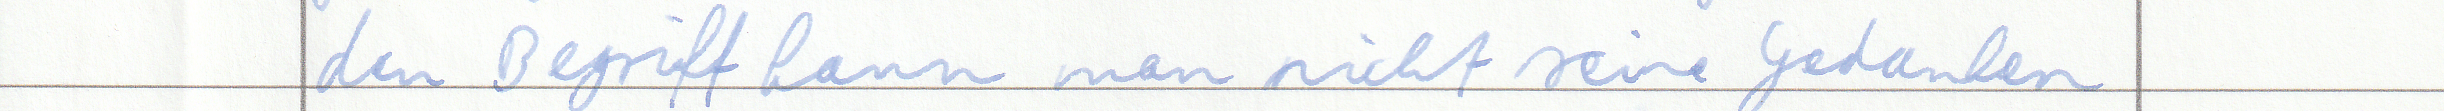
den Begriff kann man nicht seine Gedanken